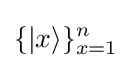
\{|x\rangle \}_{x=1}^{n}